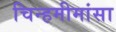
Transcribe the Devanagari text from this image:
चिन्हमीमांसा